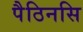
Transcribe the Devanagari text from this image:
पैठिनसि